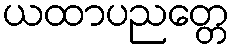
ယထာပညတ္တေ